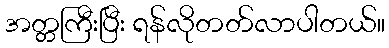
အတ္တကြီးပြီး ရန်လိုတတ်လာပါတယ်။